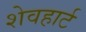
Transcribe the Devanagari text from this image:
शेवहार्ट